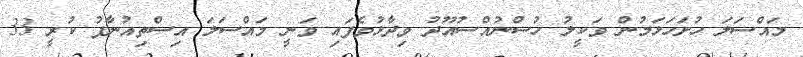
މައްސަލަ ހުށަހަޅަމުން ވަކީލު ހުސްނުއްސުއޫދު ވިދާޅުވެފައި ވަނީ މައްސަލަ އިސްތިއުނާފު ކުރީ 33